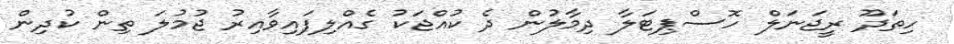
ހިތަދޫ ރީޖަނަލް ހޮސްޕިޓަލާ ދިމާލުން ދެ ކުއްޖަކު ގެއްލިފައިވާއިރު ޖުމުލަ ތިން ކުދިން